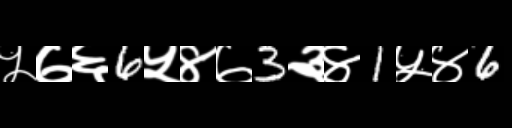
Text: ५७६6५४७3३४1५४6